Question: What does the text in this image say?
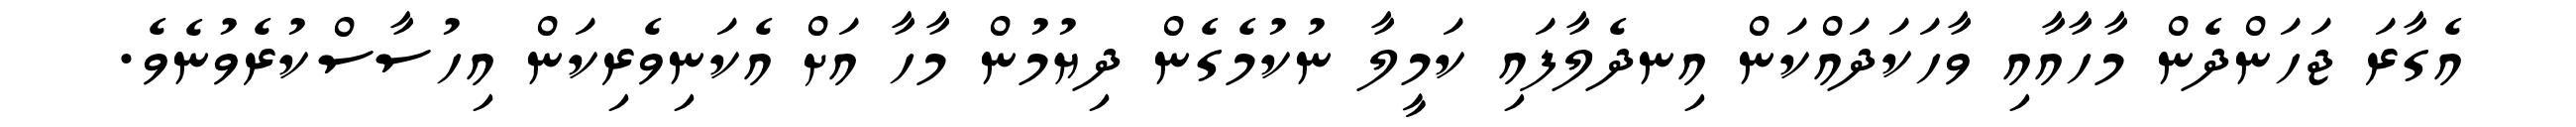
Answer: އެގާރަ ޖަހަންދެން މާހާއާއި ވާހަކަދައްކަން އިނދެލާފައި ކަމީލާ ނުކުމެގެން ދިޔުމުން މާހާ އަށް އެކަނިވެރިކަން އިހުސާސްކުރެވުނެވެ.